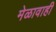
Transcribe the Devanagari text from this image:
मेळावाही